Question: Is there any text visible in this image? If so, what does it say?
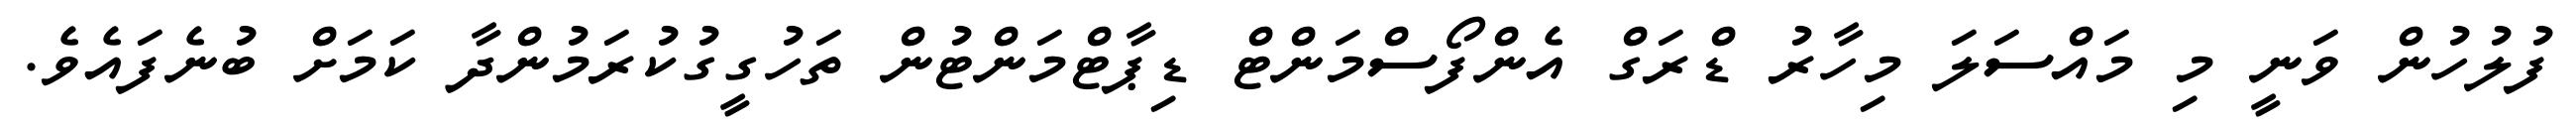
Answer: ފުލުހުން ވަނީ މި މައްސަލަ މިހާރު ޑްރަގް އެންފޯސްމަންޓް ޑިޕާޓްމަންޓުން ތަހުގީގުކުރަމުންދާ ކަމަށް ބުނެފައެވެ.